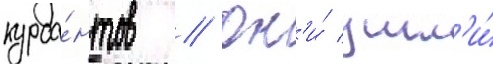
курса́нтов // Он'и́ ушл'и́